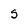
Character: S